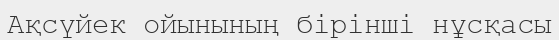
Ақсүйек ойынының бірінші нұсқасы